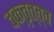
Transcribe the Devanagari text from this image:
वक्तृत्त्व